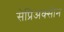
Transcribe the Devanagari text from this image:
सेप्रिअक्सोन